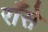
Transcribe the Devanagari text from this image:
राँसे